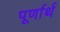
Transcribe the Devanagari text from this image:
पूर्णार्थ